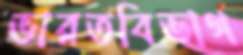
ভারতবিভাগ